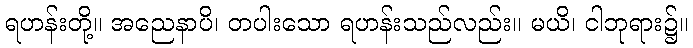
ရဟန်းတို့။ အညေနာပိ၊ တပါးသော ရဟန်းသည်လည်း။ မယိ၊ ငါဘုရား၌။